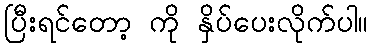
ပြီးရင်တော့ ကို နှိပ်ပေးလိုက်ပါ။